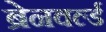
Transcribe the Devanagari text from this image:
ब्रेनवर्ल्ड